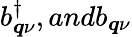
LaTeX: b_{\boldsymbol{q}\nu}^{\dagger},andb_{\boldsymbol{q}\nu}